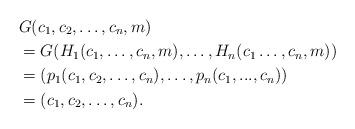
LaTeX: \begin{align*} &G(c_1,c_2,\dots,c_n,m)\\&=G(H_1(c_1,\dots,c_n,m),\dots,H_n(c_1\dots,c_n,m))\\&=(p_1(c_1,c_2,\dots, c_n),\dots,p_n(c_1,...,c_n))\\&=(c_1,c_2,\dots,c_n).\end{align*}